Vaccination in Burma 1912-1922 - 1912-1922
Year: 1912
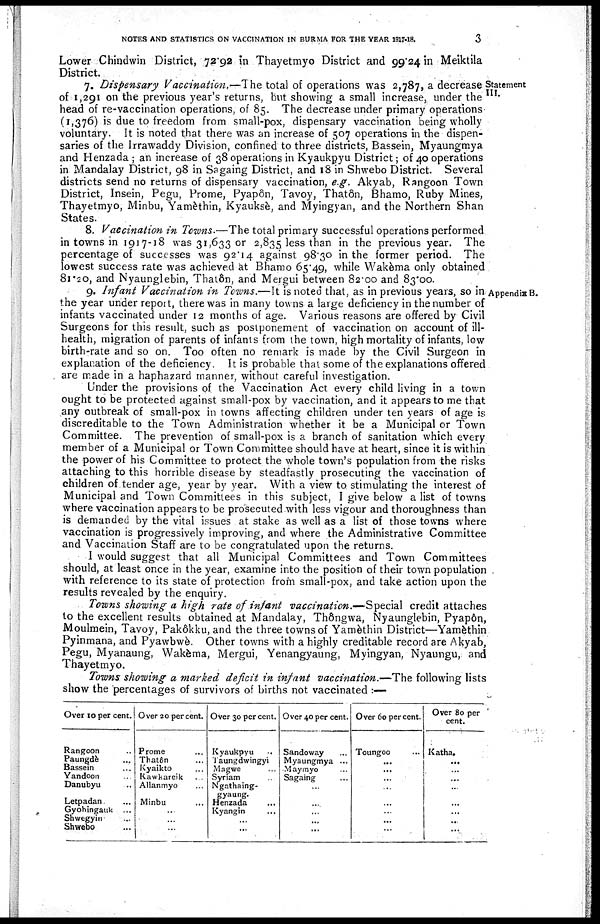
NOTES AND STATISTICS ON VACCINATION IN BURMA FOR THE YEAR 1917-18.
3
Lower Chindwin District, 72.92 in Thayetmyo District and 99.24 in Meiktila
District.
Statement
III.
7. Dispensary Vaccination.—The total of operations was 2,787, a decrease
of 1,291 on the previous year's returns, but showing a small increase, under the
head of re-vaccination operations, of 85. The decrease under primary operations
(1,376) is due to freedom from small-pox, dispensary vaccination being wholly
voluntary. It is noted that there was an increase of 507 operations in the dispen-
saries of the Irrawaddy Division, confined to three districts, Bassein, Myaungmya
and Henzada ; an increase of 38 operations in Kyaukpyu District; of 40 operations
in Mandalay District, 98 in Sagaing District, and 18 in Shwebo District. Several
districts send no returns of dispensary vaccination, e.g. Akyab, Rangoon Town
District, Insein, Pegu, Prome, Pyapôn, Tavoy, Thatôn, Bhamo, Ruby Mines,
Thayetmyo, Minbu, Yamèthin, Kyauksè, and Myingyan, and the Northern Shan
States.
8. Vaccination in Towns.—The total primary successful operations performed
in towns in 1917-18 was 31,633 or 2,835 less than in the previous year. The
percentage of successes was 92.14 against 98.30 in the former period. The
lowest success rate was achieved at Bhamo 65.49, while Wakèma only obtained
81.20. and Nyaunglebin, Thatôn, and Mergui between 82.00 and 83.00.
Appendix B.
9. Infant Vaccination in Towns.—It is noted that, as in previous years, so in
the year under report, there was in many towns a large deficiency in the number of
infants vaccinated under 12 months of age. Various reasons are offered by Civil
Surgeons for this result, such as postponement of vaccination on account of ill-
health, migration of parents of infants from the town, high mortality of infants, low
birth-rate and so on. Too often no remark is made by the Civil Surgeon in
explanation of the deficiency. It is probable that some of the explanations offered
are made in a haphazard manner, without careful investigation.
Under the provisions of the Vaccination Act every child living in a town
ought to be protected against small-pox by vaccination, and it appears to me that
any outbreak of small-pox in towns affecting children under ten years of age is
discreditable to the Town Administration whether it be a Municipal or Town
Committee. The prevention of small-pox is a branch of sanitation which every
member of a Municipal or Town Committee should have at heart, since it is within
the power of his Committee to protect the whole town's population from the risks
attaching to this horrible disease by steadfastly prosecuting the vaccination of
children of tender age, year by year. With a view to stimulating the interest of
Municipal and Town Committees in this subject, I give below a list of towns
where vaccination appears to be prosecuted with less vigour and thoroughness than
is demanded by the vital issues at stake as well as a list of those towns where
vaccination is progressively improving, and where the Administrative Committee
and Vaccination Staff are to be congratulated upon the returns.
I would suggest that all Municipal Committees and Town Committees
should, at least once in the year, examine into the position of their town population
with reference to its state of protection from small-pox, and take action upon the
results revealed by the enquiry.
Towns showing a high rate of infant vaccination.—Special credit attaches
to the excellent results obtained at Mandalay, Thôngwa, Nyaunglebin, Pyapôn,
Moulmein, Tavoy, Pakôkku, and the three towns of Yamèthin District—Yamèthin
Pyinmana, and Pyawbwè. Other towns with a highly creditable record are Akyab,
Pegu, Myanaung, Wakèma, Mergui, Yenangyaung, Myingyan, Nyaungu, and
Thayetmyo.
Towns showing a marked deficit in infant vaccination.—The following lists
show the percentages of survivors of births not vaccinated :—
Over 10 per cent.
Rangoon ...
Paungde ...
Bassein...
Yandoon ...
Danubyu ...
Letpadan ...
Gyobingauk ...
Shwegyin ...
Shwebo ...
Over 20 percent.
Prome ...
Thatôn ...
Kyaikto ...
Kawkareik
...
Allanmyo ...
Minbu ...
...
...
...
Over 30 per cent.
Kyaukpyu ...
Taungdwingyi ...
Magwe ...
Syriam ...
Ngathaing-
gyaung.
Henzada ...
Kyangin ...
...
...
Over 40 per cent.
Sandoway ...
Myaungmya ...
Maymyo ...
Sagaing ...
...
...
...
...
...
Over 60 per cent.
Toungoo ...
...
...
...
...
...
...
...
...
Over 80 per
cent.
Katha. ...
...
...
...
...
...
...
...
...